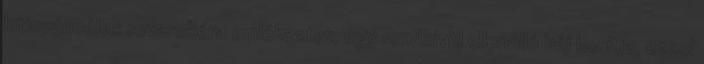
kitinpáncélos rovarokéra emlékeztet, egy rendkívül ellenálló héj borítja, ezzel